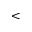
<